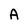
Character: A